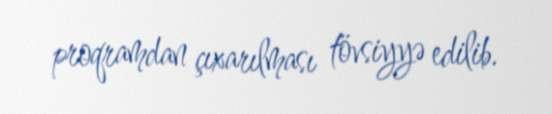
proqramdan çıxarılması tövsiyyə edilib.